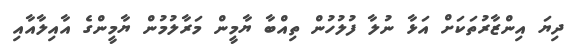
ދިޔަ އިންޒާރުތަކަށް އަޅާ ނުލާ ފުލުހުން ތިއްބާ ޔާމީން މަރާލުމުން ޔާމީންގެ އާއިލާއާއި